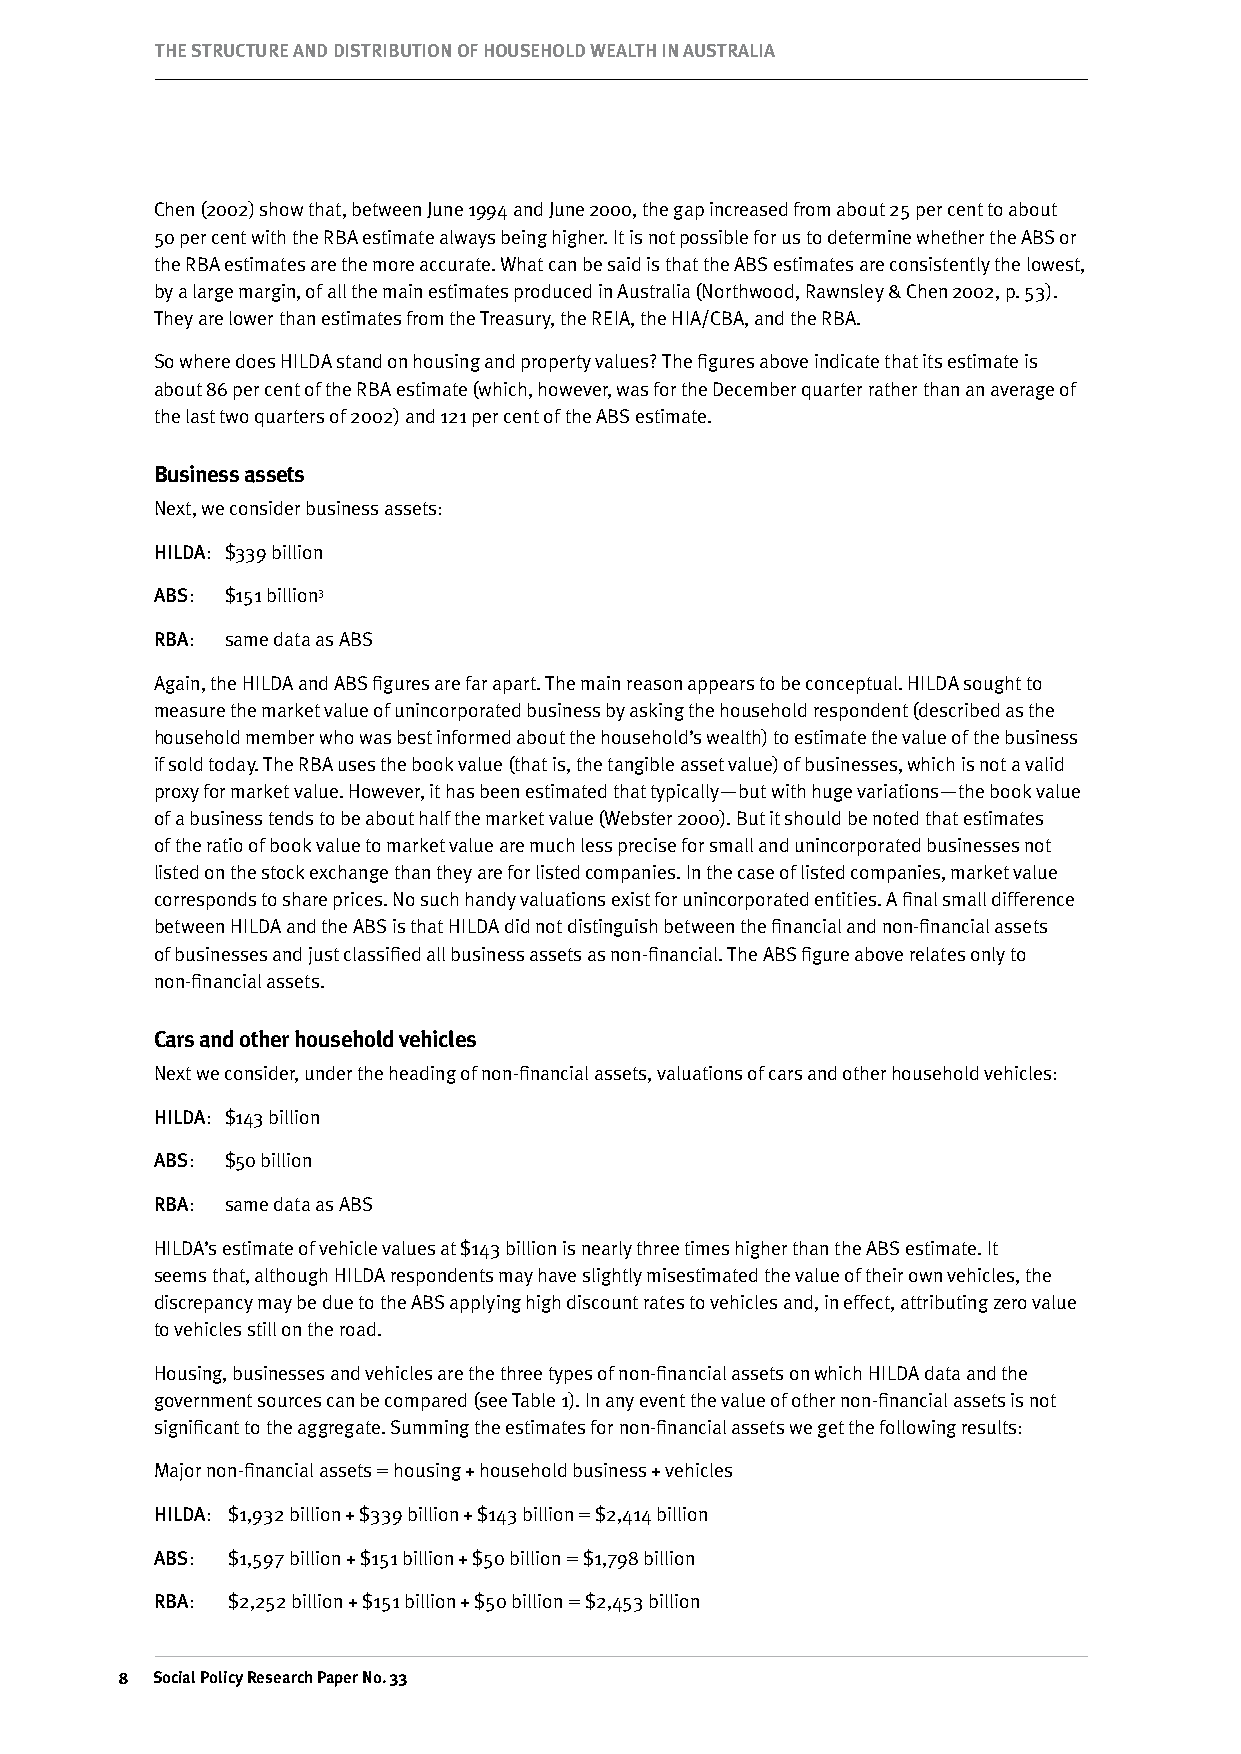
THE STRuCTuRE AND DISTRIBuTION OF HOuSEHOLD wEALTH IN AuSTRALIA
 Chen (2002) show that, between June 1994 and June 2000, the gap increased from about 25 per cent to about
 50 per cent with the RBA estimate always being higher. It is not possible for us to determine whether the ABS or
 the RBA estimates are the more accurate. What can be said is that the ABS estimates are consistently the lowest,
 by a large margin, of all the main estimates produced in Australia (Northwood, Rawnsley & Chen 2002, p. 53).
 They are lower than estimates from the Treasury, the REIA, the HIA/CBA, and the RBA.
 So where does HILDA stand on housing and property values? The figures above indicate that its estimate is
 about 86 per cent of the RBA estimate (which, however, was for the December quarter rather than an average of
 the last two quarters of 2002) and 121 per cent of the ABS estimate.
 Business assets
 Next, we consider business assets:
 HILDA: $339 billion
 ABS: $151 billion3
 RBA: same data as ABS
 Again, the HILDA and ABS figures are far apart. The main reason appears to be conceptual. HILDA sought to
 measure the market value of unincorporated business by asking the household respondent (described as the
 household member who was best informed about the household’s wealth) to estimate the value of the business
 if sold today. The RBA uses the book value (that is, the tangible asset value) of businesses, which is not a valid
 proxy for market value. However, it has been estimated that typically—but with huge variations—the book value
 of a business tends to be about half the market value (Webster 2000). But it should be noted that estimates
 of the ratio of book value to market value are much less precise for small and unincorporated businesses not
 listed on the stock exchange than they are for listed companies. In the case of listed companies, market value
 corresponds to share prices. No such handy valuations exist for unincorporated entities. A final small difference
 between HILDA and the ABS is that HILDA did not distinguish between the financial and non-financial assets
 of businesses and just classified all business assets as non-financial. The ABS figure above relates only to
 non-financial assets.
 Cars and other household vehicles
 Next we consider, under the heading of non-financial assets, valuations of cars and other household vehicles:
 HILDA: $143 billion
 ABS: $50 billion
 RBA: same data as ABS
 HILDA’s estimate of vehicle values at $143 billion is nearly three times higher than the ABS estimate. It
 seems that, although HILDA respondents may have slightly misestimated the value of their own vehicles, the
 discrepancy may be due to the ABS applying high discount rates to vehicles and, in effect, attributing zero value
 to vehicles still on the road.
 Housing, businesses and vehicles are the three types of non-financial assets on which HILDA data and the
 government sources can be compared (see Table 1). In any event the value of other non-financial assets is not
 significant to the aggregate. Summing the estimates for non-financial assets we get the following results:
 Major non-financial assets = housing + household business + vehicles
 HILDA: $1,932 billion + $339 billion + $143 billion = $2,414 billion
 ABS: $1,597 billion + $151 billion + $50 billion = $1,798 billion
 RBA: $2,252 billion + $151 billion + $50 billion = $2,453 billion
  Social Policy Research Paper No. 33